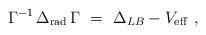
LaTeX: \begin{align*} \Gamma^{-1}\,\Delta_{\rm rad}\, \Gamma\ =\ {\Delta_{LB}} - { V_{\rm eff}}\ ,\end{align*}